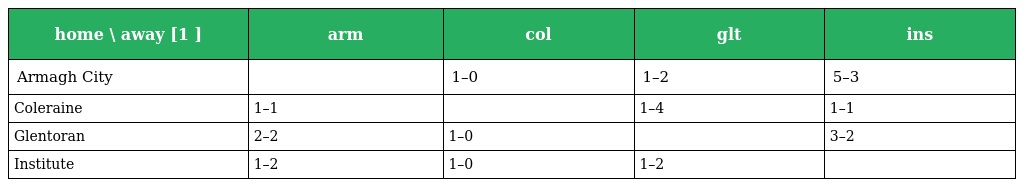
| home \ away [1 ] | arm | col | glt | ins |
 | --- | --- | --- | --- | --- |
 | Armagh City |  | 1–0 | 1–2 | 5–3 |
 | Coleraine | 1–1 |  | 1–4 | 1–1 |
 | Glentoran | 2–2 | 1–0 |  | 3–2 |
 | Institute | 1–2 | 1–0 | 1–2 |  |